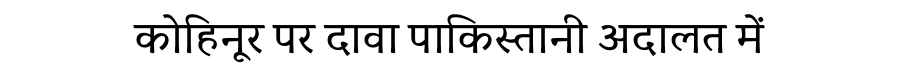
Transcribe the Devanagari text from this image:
कोहिनूर पर दावा पाकिस्तानी अदालत में